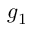
g _ { 1 }